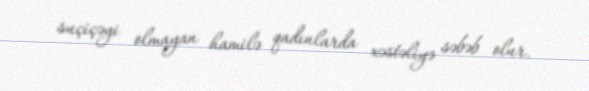
suçiçəyi olmayan hamilə qadınlarda xəstəliyə səbəb olur.